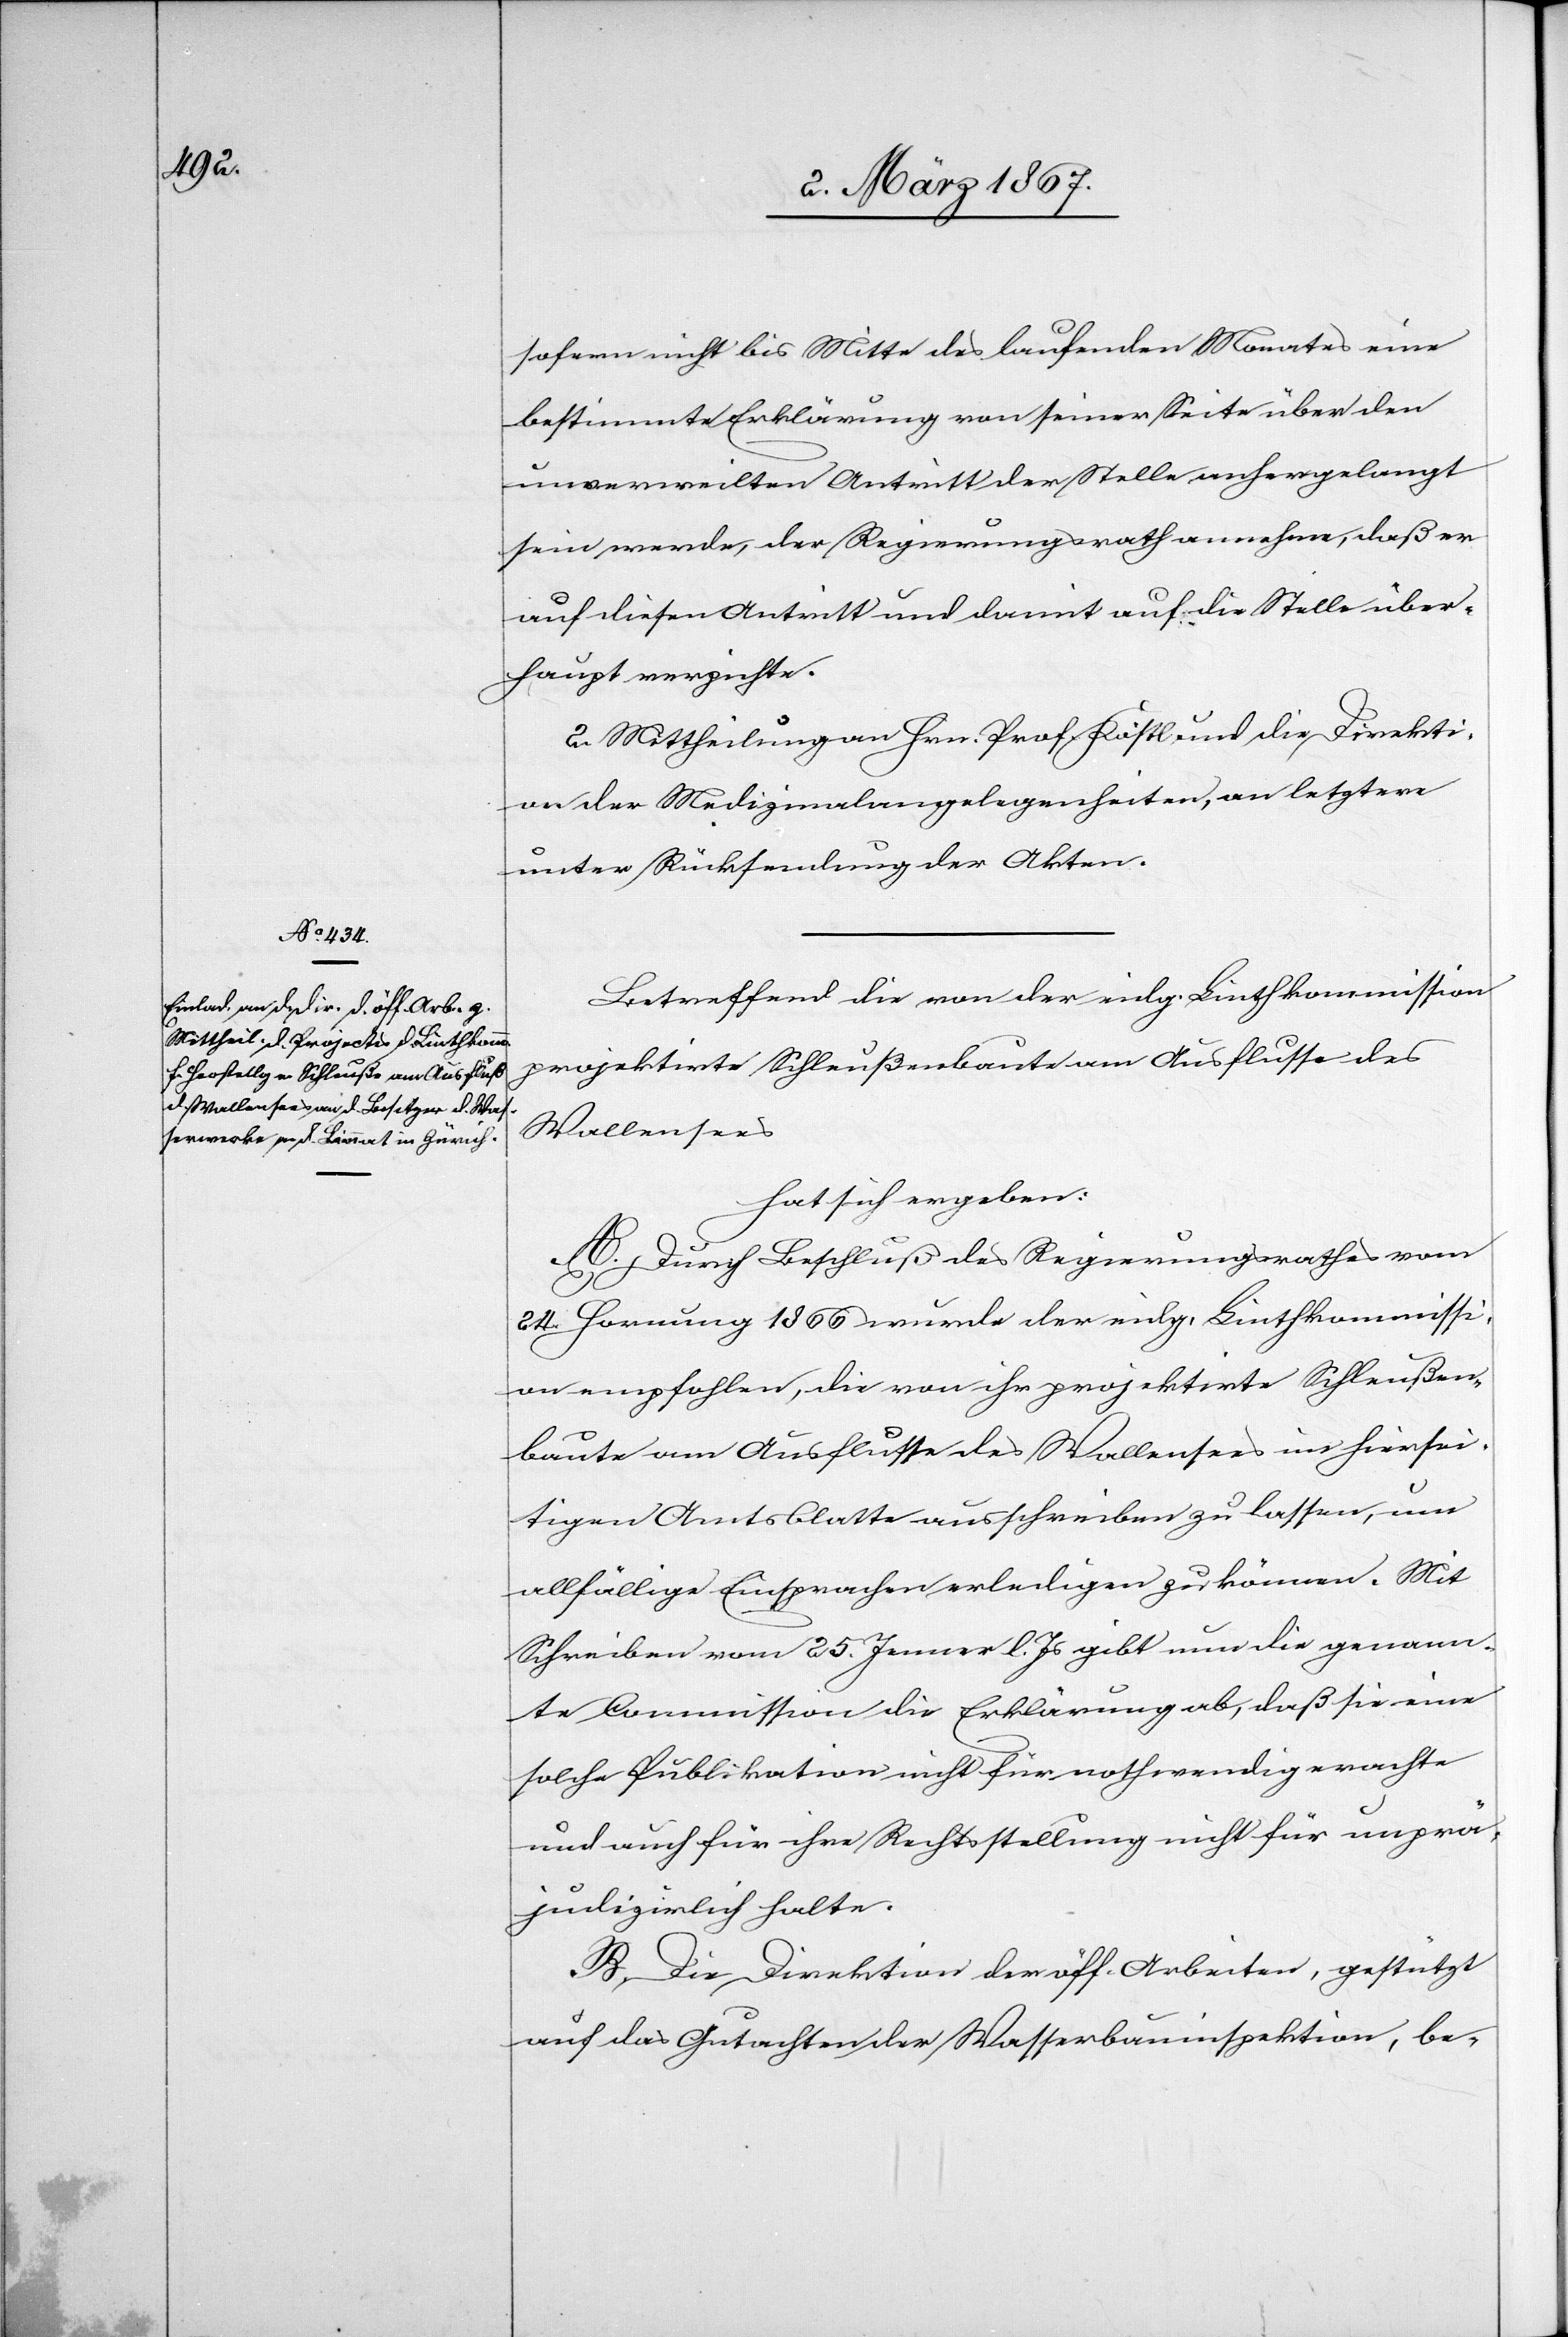
sofern nicht bis Mitte des laufende Monates eine
bestimmte Erklärung von seiner Seite über den
unverweilten Antritt der Stelle anhergelangt
sein werde, der Regierungsrath annehme, daß er
auf diesen Antritt und damit auf die Stelle über¬
haupt verzichte.
2. Mittheilung an Hrn. Prof. Köstl und die Direkti¬
on der Medizinalangelegenheiten, an letztere
unter Rücksendung der Akten.
Betreffend die von der eidg. Linthkommission
projektirte Schleußenbaute am Ausflusse des
Wallensees
hat sich ergeben:
A. Durch Beschluß des Regierungsrathes vom
24. Hornung 1866 wurde der eidg. Linthkommissi¬
on empfohlen, die von ihr projektirte Schleußen¬
baute am Ausflusse des Wallensees im hiersei¬
tigen Amtsblatte ausschreiben zu lassen, um
allfällige Einsprachen erledigen zu können. Mit
Schreiben vom 25. Jenner l. Js gibt nun die genann¬
te Commission die Erklärung ab, daß sie eine
solche Publikation nicht für nothwendig erachte
und auch für ihre Rechtsstellung nicht für unprä¬
judizirlich halte.
B. Die Direktion der öff. Arbeiten, gestützt
auf das Gutachten der Wasserbauinspektion, be-